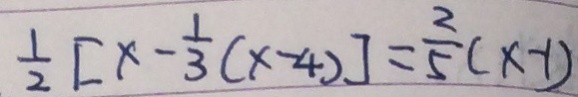
\frac { 1 } { 2 } [ x - \frac { 1 } { 3 } ( x - 4 ) ] = \frac { 2 } { 5 } ( x - 1 )